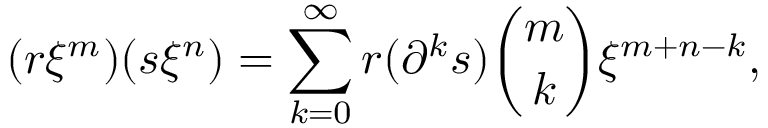
( r \xi ^ { m } ) ( s \xi ^ { n } ) = \sum _ { k = 0 } ^ { \infty } r ( \partial ^ { k } s ) { \binom { m } { k } } \xi ^ { m + n - k } ,